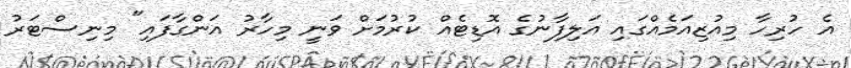
އެ ހުރިހާ މިއުޒިއަމެއްގައި އަލިފާނުގެ އޮޑިޓެއް ކުރުމަށް ވަނީ މިހާރު އަންގާފައި" މިނިސްޓަރު